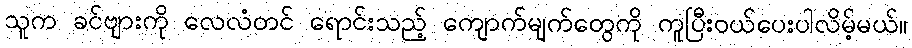
သူက ခင်ဗျားကို လေလံတင် ရောင်းသည့် ကျောက်မျက်တွေကို ကူပြီးဝယ်ပေးပါလိမ့်မယ်။